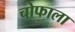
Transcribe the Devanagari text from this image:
चोफाला